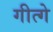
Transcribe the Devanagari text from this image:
गीत्गे